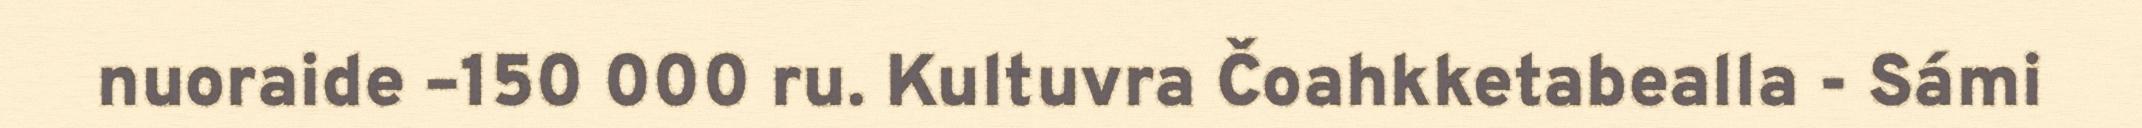
nuoraide –150 000 ru. Kultuvra Čoahkketabealla - Sámi